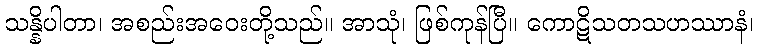
သန္နိပါတာ၊ အစည်းအဝေးတို့သည်။ အာသုံ၊ ဖြစ်ကုန်ပြီ။ ကောဋိသတသဟဿာနံ၊